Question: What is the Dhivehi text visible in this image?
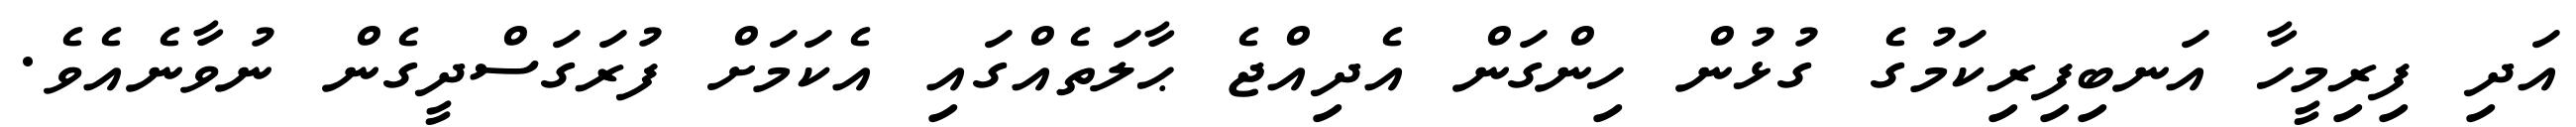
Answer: އަދި ފިރިމީހާ އަނބިފިރިކަމުގެ ގުޅުން ހިންގަން އެދިއްޖެ ޙާލަތެއްގައި އެކަމަށް ފުރަގަސްދީގެން ނުވާނެއެވެ.